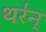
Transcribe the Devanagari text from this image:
थर॑न्